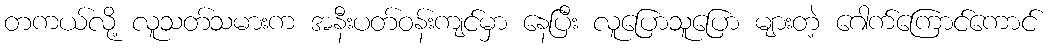
တကယ်လို့ လူသတ်သမားက အနီးပတ်ဝန်းကျင်မှာ နေပြီး လူပြောသူပြော များတဲ့ ဂေါက်ကြောင်ကောင်